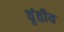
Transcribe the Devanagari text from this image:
वृंतीय